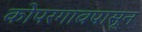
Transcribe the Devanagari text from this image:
कोपरगावपासून